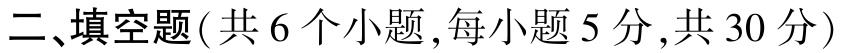
二、填空题(共6个小题,每小题5分,共30分)